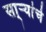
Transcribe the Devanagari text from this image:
सा्र्‍यांचे